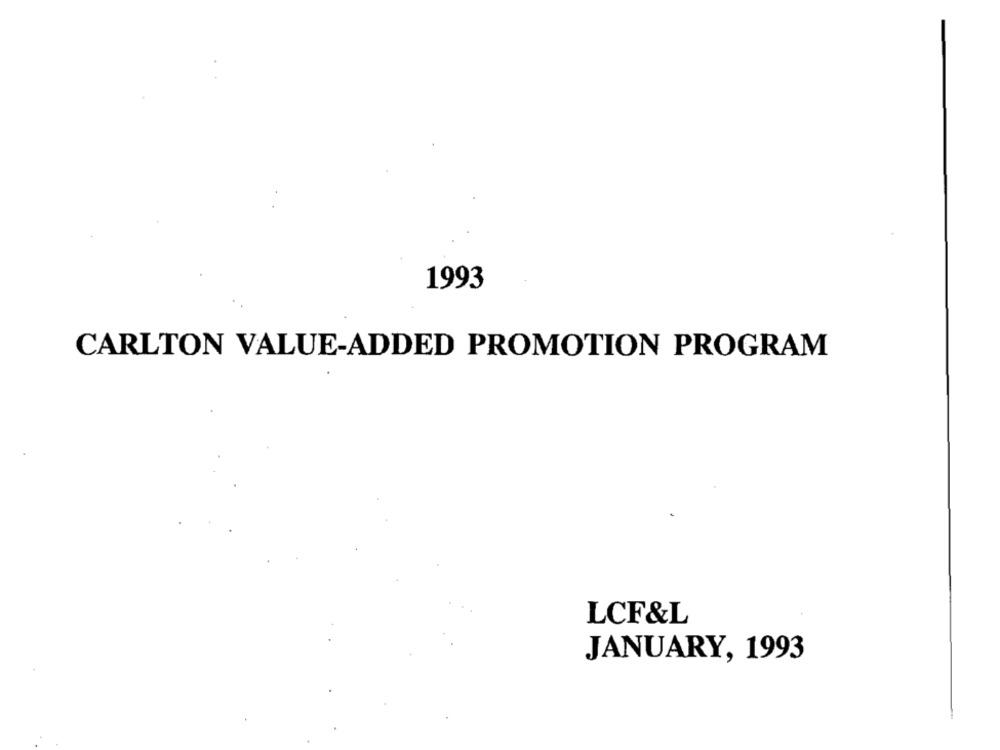
1993
CARLTON VALUE-ADDED PROMOTION PROGRAM
LCF&L
JANUARY, 1993